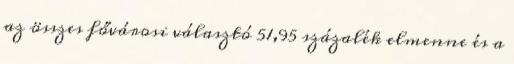
az összes fővárosi választó 51,95 százalék elmenne és a